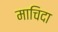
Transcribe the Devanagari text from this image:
माचिदा